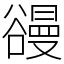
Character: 䜱